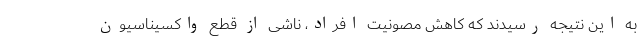
به این نتیجه رسیدند که کاهش مصونیت افراد، ناشی از قطع واکسیناسیون